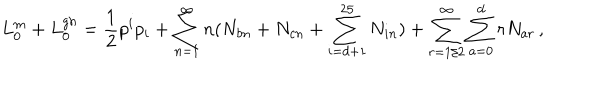
L _ { 0 } ^ { m } + L _ { 0 } ^ { g h } = \frac { 1 } { 2 } p ^ { i } p _ { i } + \sum _ { n = 1 } ^ { \infty } n ( N _ { b n } + N _ { c n } + \sum _ { i = d + 1 } ^ { 2 5 } N _ { i n } ) + \sum _ { r = 1 / 2 } ^ { \infty } \sum _ { a = 0 } ^ { d } r N _ { a r } \, ,